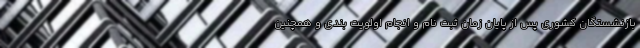
بازنشستگان کشوری پس از پایان زمان ثبت نام و انجام اولویت بندی و همچنین